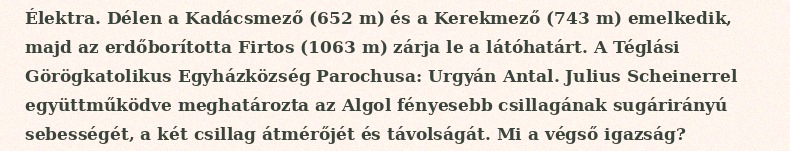
Élektra. Délen a Kadácsmező (652 m) és a Kerekmező (743 m) emelkedik, majd az erdőborította Firtos (1063 m) zárja le a látóhatárt. A Téglási Görögkatolikus Egyházközség Parochusa: Urgyán Antal. Julius Scheinerrel együttműködve meghatározta az Algol fényesebb csillagának sugárirányú sebességét, a két csillag átmérőjét és távolságát. Mi a végső igazság?